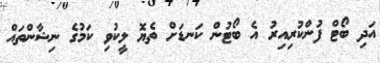
އަދި ބޯޓް ފުންކުރިއިރު އެ ބޯޓުން ކަނޑަށް ތެޔޮ ލީކުވި ކަމުގެ ނިޝާންތައް